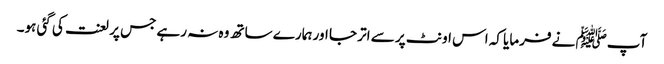
آپﷺ نے فرمایا کہ اس اونٹ پر سے اتر جا اور ہمارے ساتھ وہ نہ رہے جس پر لعنت کی گئی ہو۔